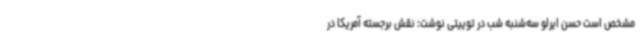
مشخص است حسن ایرلو سه‌شنبه شب در توییتی نوشت: نقش برجسته آمریکا در